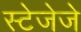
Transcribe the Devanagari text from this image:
स्टेजेजे